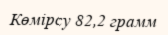
Көмірсу 82,2 грамм